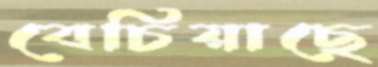
বেচিয়াছে